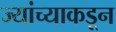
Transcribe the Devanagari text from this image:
ज्यांच्याकडून